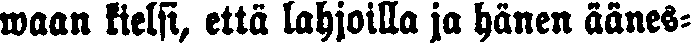
waan kielsi, että lahjoilla ja hänen äänes-